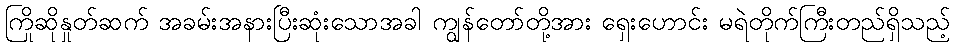
ကြိုဆိုနှုတ်ဆက် အခမ်းအနားပြီးဆုံးသောအခါ ကျွန်တော်တို့အား ရှေးဟောင်း မရဲတိုက်ကြီးတည်ရှိသည့်